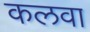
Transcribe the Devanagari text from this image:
कलवा